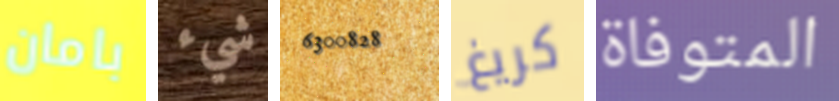
بامان شيء 6300828 كريغ المتوفاة